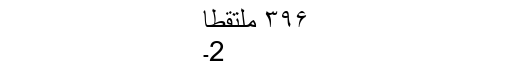
۳۹۶ ملتقطاً
2۔